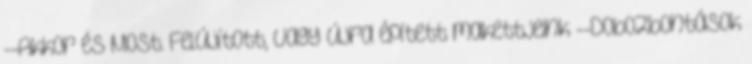
--Akkor és Most. Felújított, vagy újra épített makettjeink --Dobozbontások